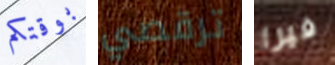
بوقتكم ترقصي فيرا